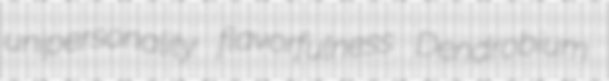
unipersonality flavorfulness Dendrobium